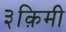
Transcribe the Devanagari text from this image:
३क़िमी